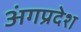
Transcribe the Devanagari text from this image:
अंगप्रदेश